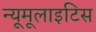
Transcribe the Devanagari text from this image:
न्यूमूलाइटिस